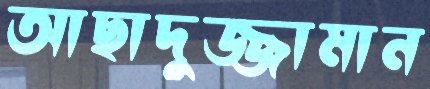
আছাদুজ্জামান